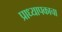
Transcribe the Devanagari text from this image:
प्राध्यापकाचा